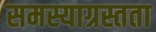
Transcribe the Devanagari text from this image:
समस्याग्रस्तता